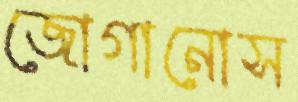
জোগানোস